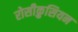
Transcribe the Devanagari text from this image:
रोसीक्रुसियन